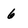
Character: 6